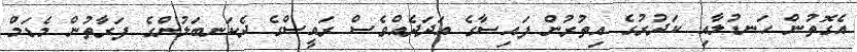
އެގޮތުން ހަނޑުލާއި ކަދުރުގެ އިތުރުން ފައިސާގެ އަދަދެއްވެސް ރައީސްގެ ދެކަނބަލުންގެ ފަރާތުން މެޑަމް